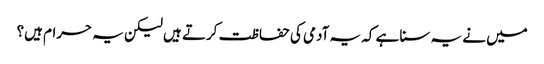
میں نے یہ سنا ہے کہ یہ آدمی کی حفاظت کرتے ہیں لیکن یہ حرام ہیں؟